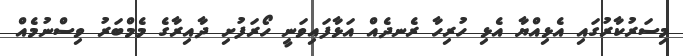
މިސަރުކާރުގައި އެޅިއްޔާ އެޅި ހުރިހާ ރެނދެއް އަޅާފައިވަނީ ހޯރަފުށި ދާއިރާގެ މެމްބަރު ވިސްނުމެއް